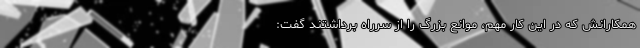
همکارانش که در این کار مهم، موانع بزرگ را از سرراه برداشتند گفت: